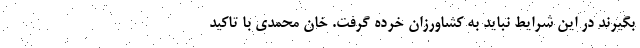
بگیرند در این شرایط نباید به کشاورزان خرده گرفت. خان محمدی با تاکید